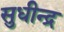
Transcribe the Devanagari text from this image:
सुधीन्द्र